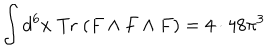
\int d ^ { 6 } x \; \mathrm { T r } \; ( F \wedge F \wedge F ) = 4 \cdot 4 8 \pi ^ { 3 }